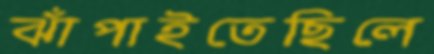
ঝাঁপাইতেছিলে